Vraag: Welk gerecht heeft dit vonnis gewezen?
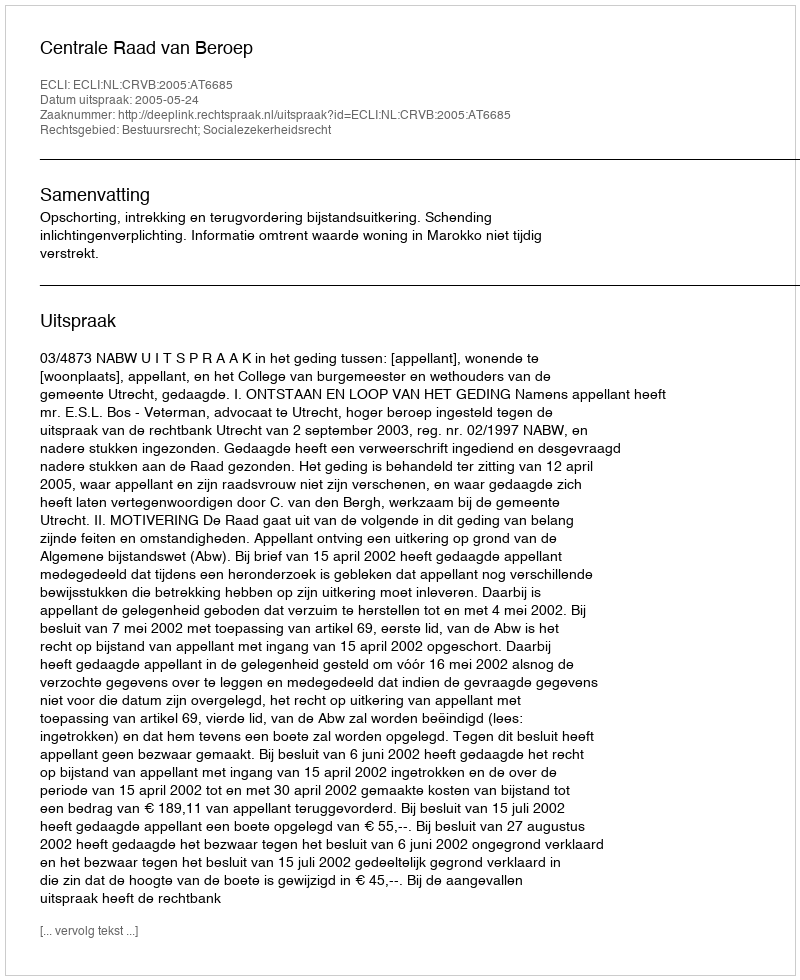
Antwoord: Centrale Raad van Beroep